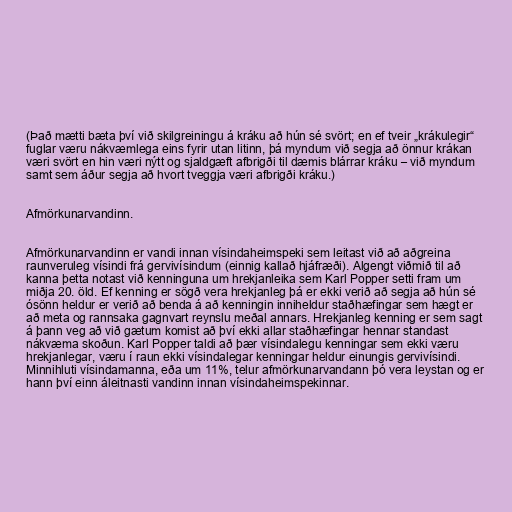
(Það mætti bæta því við skilgreiningu á kráku að hún sé svört; en ef tveir „krákulegir“
fuglar væru nákvæmlega eins fyrir utan litinn, þá myndum við segja að önnur krákan
væri svört en hin væri nýtt og sjaldgæft afbrigði til dæmis blárrar kráku – við myndum
samt sem áður segja að hvort tveggja væri afbrigði kráku.)

Afmörkunarvandinn.

Afmörkunarvandinn er vandi innan vísindaheimspeki sem leitast við að aðgreina
raunveruleg vísindi frá gervivísindum (einnig kallað hjáfræði). Algengt viðmið til að
kanna þetta notast við kenninguna um hrekjanleika sem Karl Popper setti fram um
miðja 20. öld. Ef kenning er sögð vera hrekjanleg þá er ekki verið að segja að hún sé
ósönn heldur er verið að benda á að kenningin inniheldur staðhæfingar sem hægt er
að meta og rannsaka gagnvart reynslu meðal annars. Hrekjanleg kenning er sem sagt
á þann veg að við gætum komist að því ekki allar staðhæfingar hennar standast
nákvæma skoðun. Karl Popper taldi að þær vísindalegu kenningar sem ekki væru
hrekjanlegar, væru í raun ekki vísindalegar kenningar heldur einungis gervivísindi.
Minnihluti vísindamanna, eða um 11%, telur afmörkunarvandann þó vera leystan og er
hann því einn áleitnasti vandinn innan vísindaheimspekinnar.